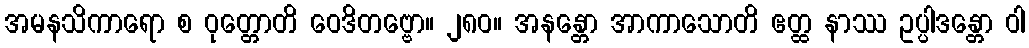
အမနသိကာရော စ ဝုတ္တောတိ ဝေဒိတဗ္ဗော။ ၂၈၀။ အနန္တော အာကာသောတိ ဧတ္ထ နာဿ ဥပ္ပါဒန္တော ဝါ